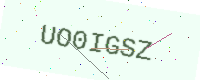
Text: UO0IGSZ